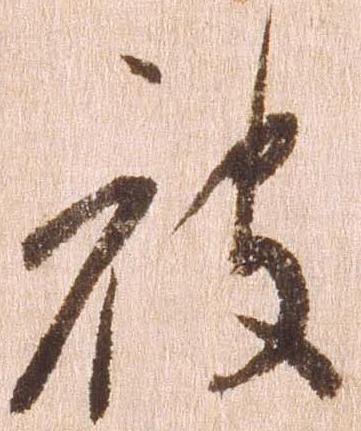
被